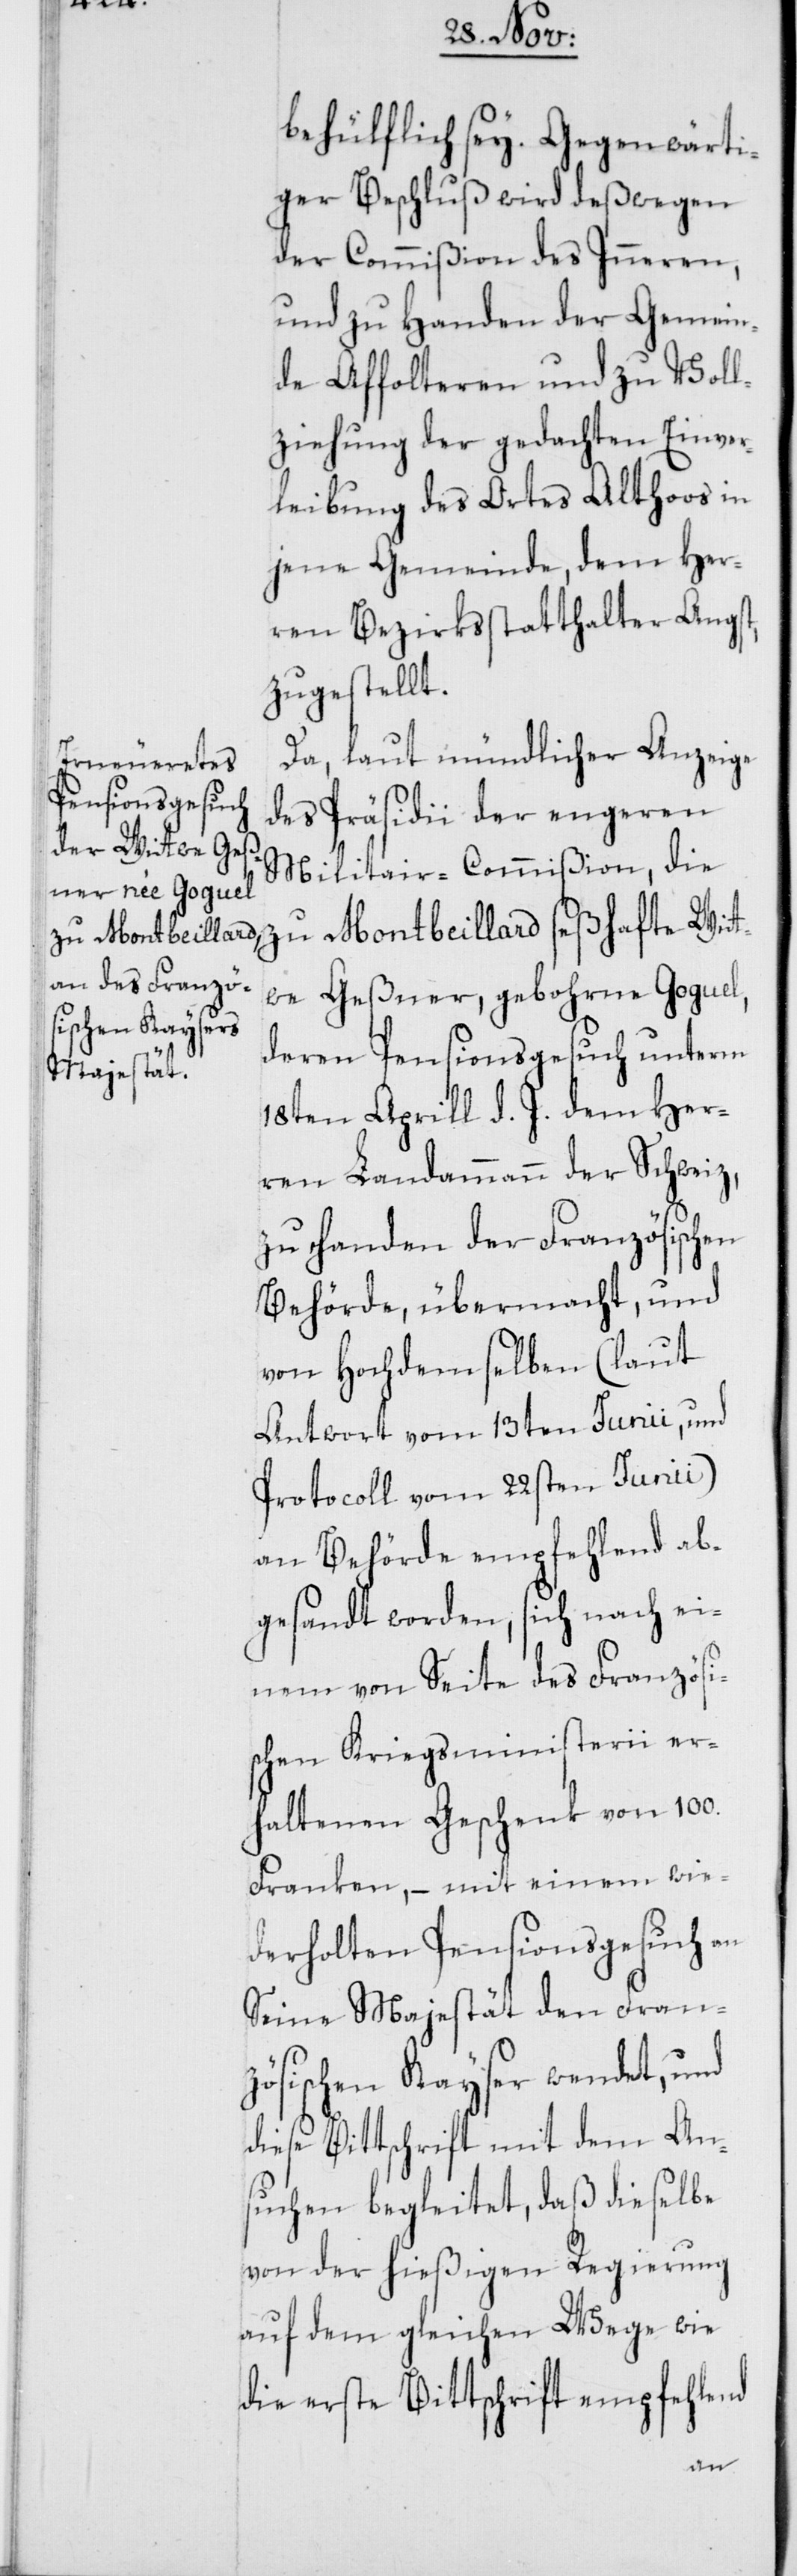
Witt¬
behülflich sey. Gegenwärti¬
ger Beschluß wird deßwegen
der Commißion des Inneren,
und zu Handen der Gemein¬
de Affholteren und zu Vol¬
lziehung der gedachten Einver¬
leibung des Ortes Althoos in
jene Gemeinde, dem Her¬
ren Bezirksstatthalter Angst,
zugestellt.
Da laut mündlicher Anzeige
des Präsidii der engeren
Militair-Commißion, die
we Geßner, gebohrne Goguel,
deren Pensionsgesuch unterm
18ten Aprill d. J. dem Her¬
ren Landammann der Schweiz,
zu handen der Französischen
Behörde, übermacht, und
von Hochdemselben (laut
Antwort vom 13ten Junii, und
Protocoll vom 22sten Junii)
an Behörde empfehlend ab¬
gesandt worden, sich nach ei¬
nem von Seite des Französi¬
schen Kriegsministerii er¬
haltenen Geschenk von 100.
Franken, – mit einem wie¬
derholten Pensionsgesuch an
Seine Majestät den Franz¬
ösischen Kayser wendet, und
diese Bittschrift mit dem An¬
suchen begleitet, daß dieselbe
von der hießigen Regierung
auf dem gleichen Wege wie
die erste Bittschrift empfehlend